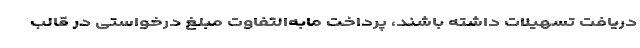
دریافت تسهیلات داشته باشند، پرداخت مابه‌التفاوت مبلغ درخواستی در قالب